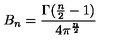
B _ { n } = \frac { \Gamma ( \frac { n } { 2 } - 1 ) } { 4 \pi ^ { \frac { n } { 2 } } }